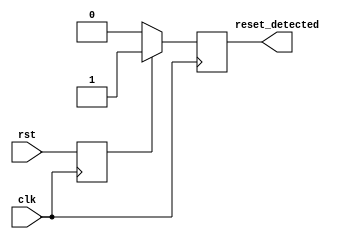
module reset_detector (
    input clk,             // System clock signal
    input rst,             // Reset input signal
    output reg reset_detected // Output signal for reset detection
);

// Internal register to hold the synchronized state of the reset
reg rst_sync;

always @(posedge clk) begin
    // Synchronize the reset signal with the clock
    rst_sync <= rst;

    // Monitor the synchronized reset state
    if (rst_sync) 
        reset_detected <= 1'b1;  // Set output high when reset is active
    else 
        reset_detected <= 1'b0;   // Set output low when reset is inactive
end

endmodule